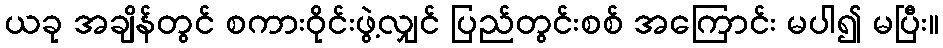
ယခု အချိန်တွင် စကားဝိုင်းဖွဲ့လျှင် ပြည်တွင်းစစ် အကြောင်း မပါ၍ မပြီး။